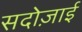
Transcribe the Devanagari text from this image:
सदोज़ाई